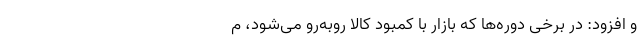
و افزود: در برخی دوره‌ها که بازار با کمبود کالا روبه‌رو می‌شود، م